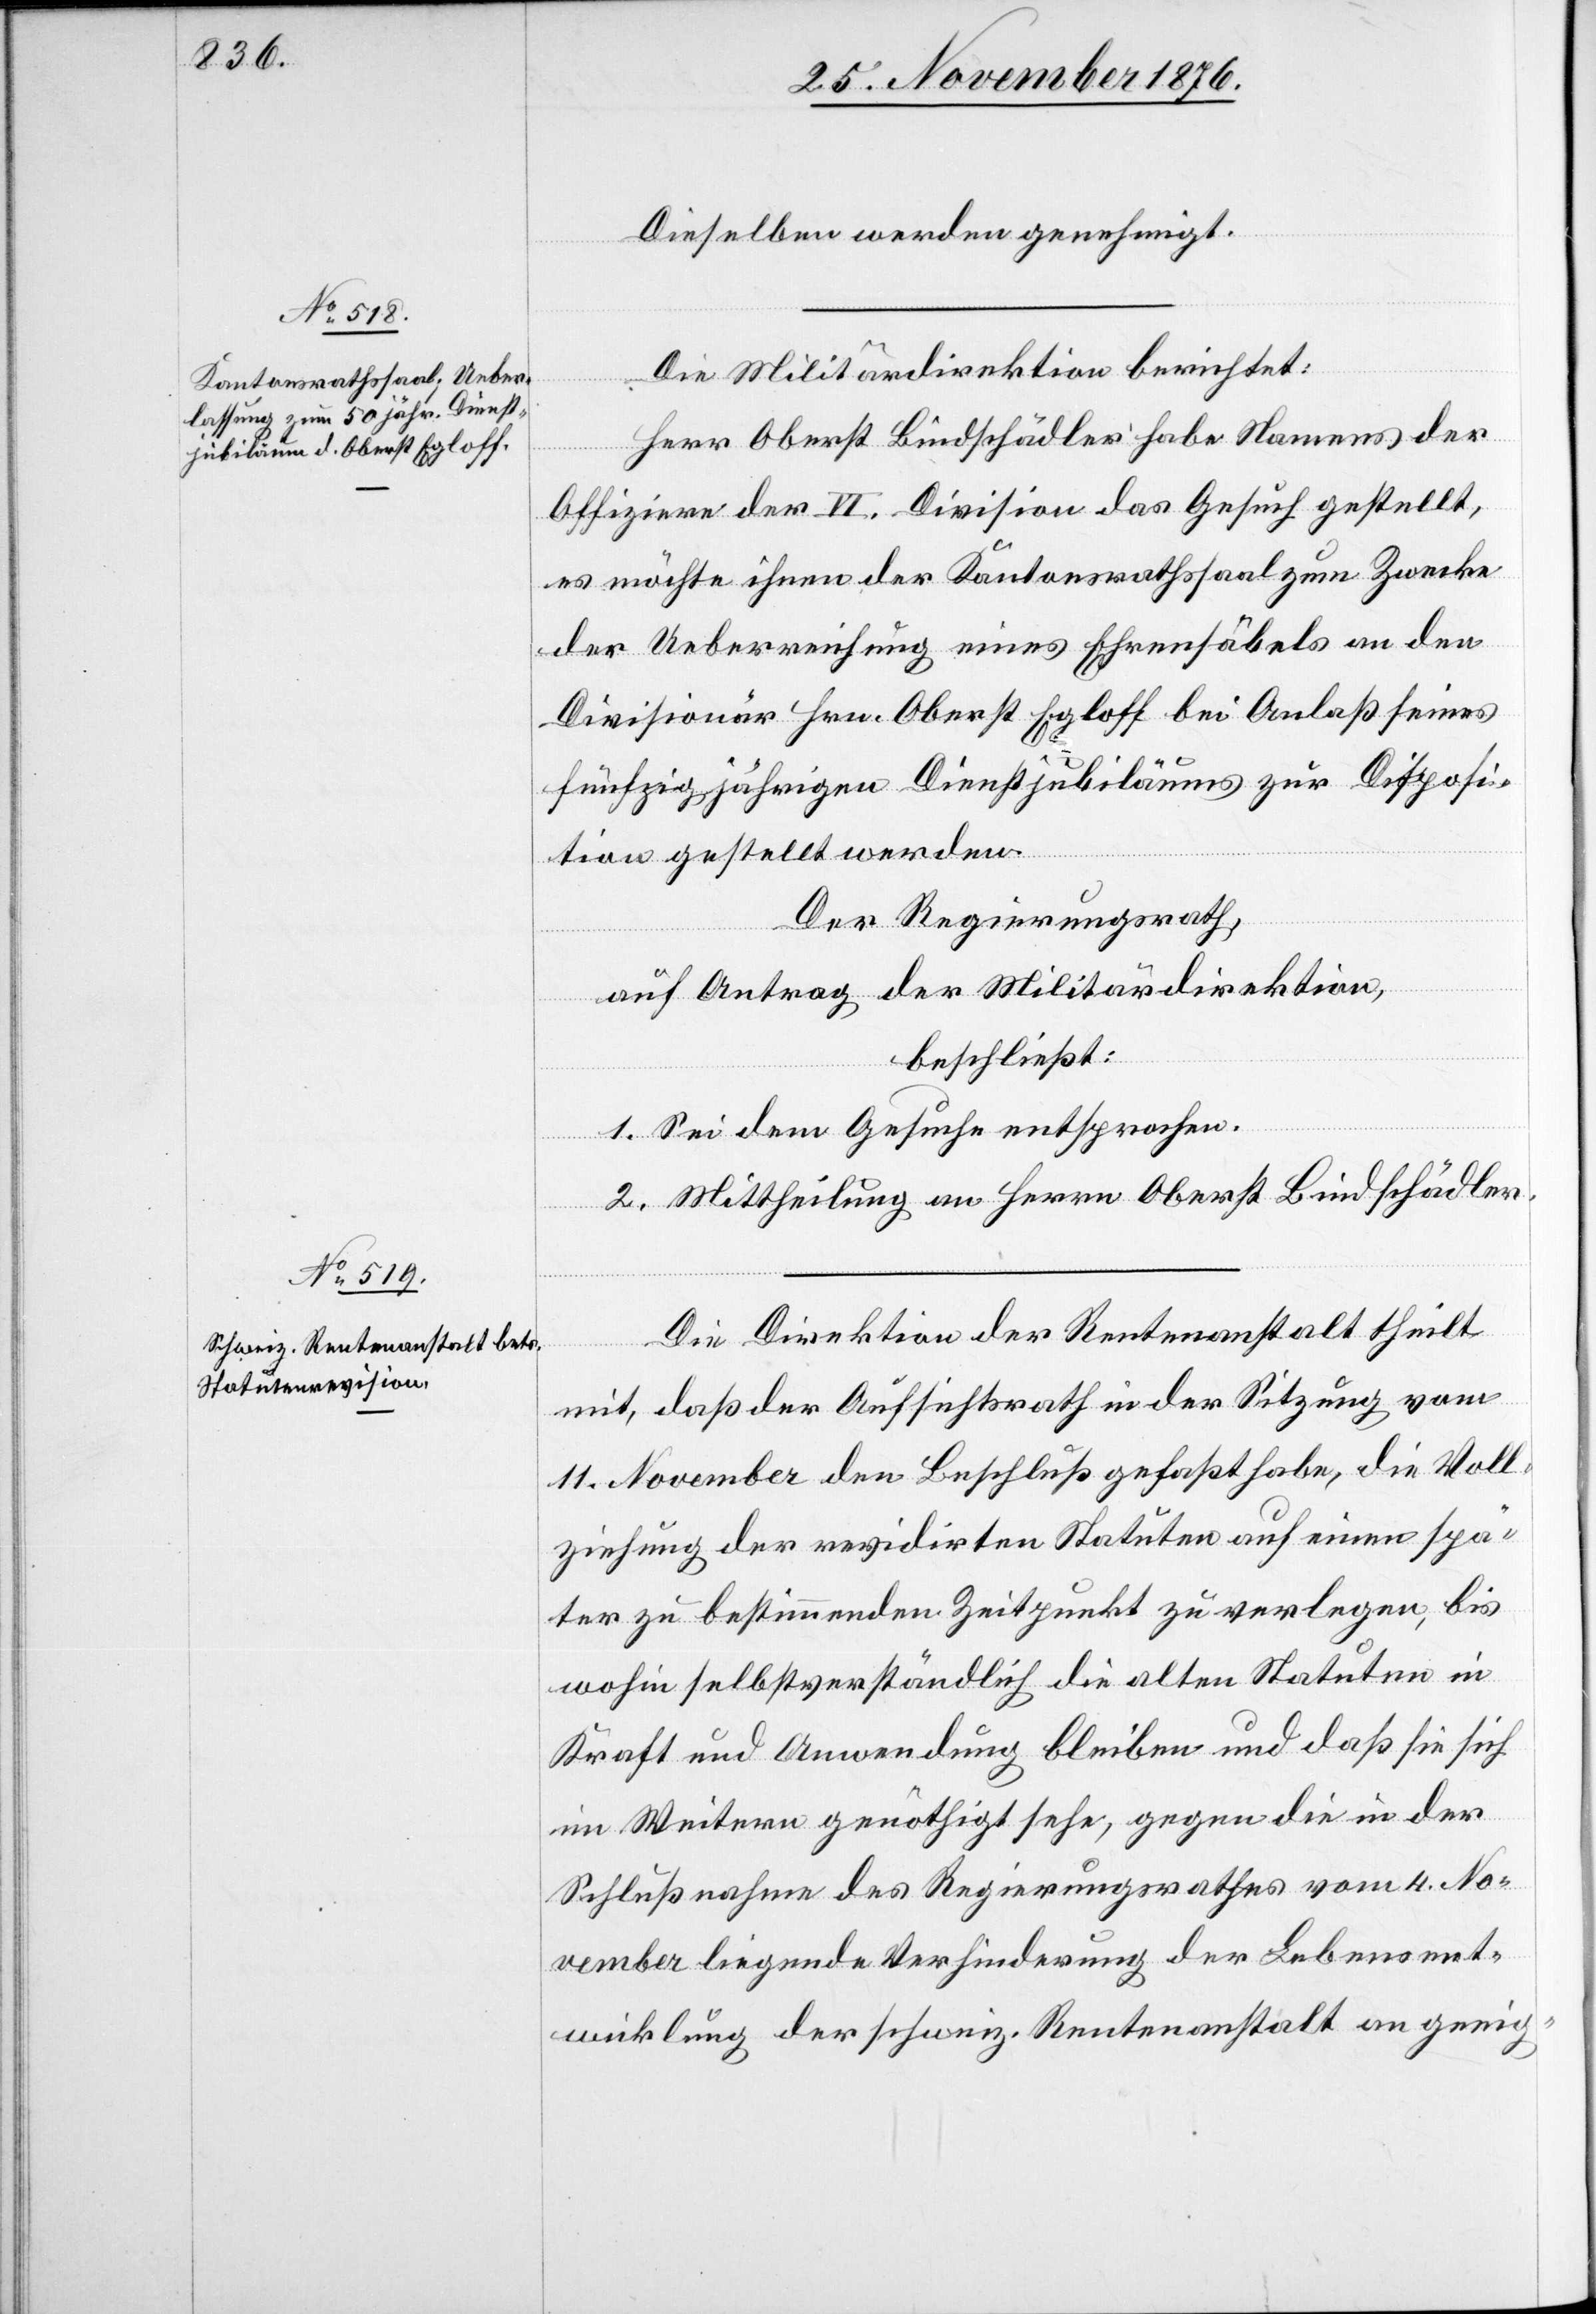
Dieselben werden genehmigt.
Die Militärdirektion berichtet:
Herr Oberst Bindschädler habe Namens der
Offiziere der VI. Division das Gesuch gestellt,
es möchte ihnen der Kantonsrathssaal zum Zwecke
der Ueberreichung eines Ehrensäbels an den
Divisionär Hrn. Oberst Egloff bei Anlaß seines
fünfzigjährigen Dienstjubiläums zur Disposi¬
tion gestellt werden.
Der Regierungsrath,
auf Antrag der Militärdirektion,
beschließt:
1. Sei dem Gesuche entsprochen.
2. Mittheilung an Herrn Oberst Bindschädler.
Die Direktion der Rentenanstalt theilt
mit, daß der Aufsichtsrath in der Sitzung vom
11. November den Beschluß gefaßt habe, die Voll¬
ziehung der revidirten Statuten auf einen spä¬
ter zu bestimmenden Zeitpunkt zu verlegen, bis
wohin selbstverständlich die alten Statuten in
Kraft und Anwendung bleiben und daß sie sich
im Weitern genöthigt sehe, gegen die in der
Schlußnahme des Regierungsrathes vom 4. No¬
vember liegende Verhinderung der Lebensent¬
wicklung der schweiz. Rentenanstalt an geeig-